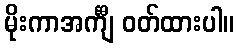
မိုးကာအင်္ကျီ ဝတ်ထားပါ။